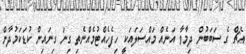
އެޗް ގެ ސަބަބުން ދިމާވާ އަނެއް މައްސަލައަކީ ހިފެހެއްޓުމެއްނެތި ގިނަ ގިނައިން ކުޑަކަމުދާން